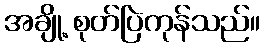
အချို့ စုတ်ပြဲကုန်သည်။